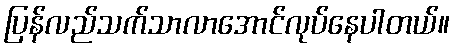
ပြန်လည်သက်သာလာအောင်လုပ်နေပါတယ်။